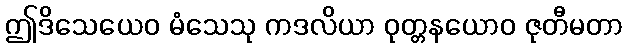
ဤဒိသေယေဝ မံသေသု ကဒလိယာ ဝုတ္တနယောဝ ဇုတီမတာ